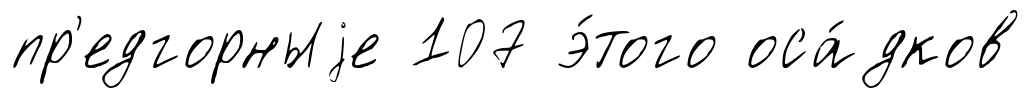
пр'едгорныjе 107 э́того оса́дков